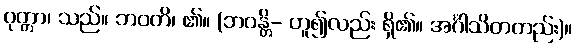
ဝုတ္တာ၊ သည်။ ဘဝတိ၊ ၏။ (ဘဝန္တိ- ဟူ၍လည်း ရှိ၏။ အင်္ဂါသိတတည်း)။